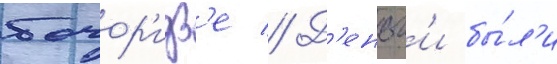
бочор'идз'е // Д'еньг'и бы́л'и